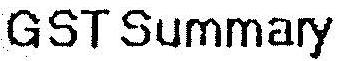
GST SUMMARY